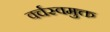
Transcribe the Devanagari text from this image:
वर्चस्वमुक्त